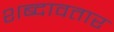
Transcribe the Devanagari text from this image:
शब्दावतार